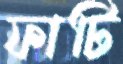
ফাটি